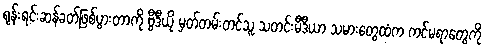
ရုန်းရင်းဆန်ခတ်ဖြစ်ပွားတာကို ဗွီဒီယို မှတ်တမ်းတင်သူ သတင်းမီဒီယာ သမားတွေထံက ကင်မရာတွေကို